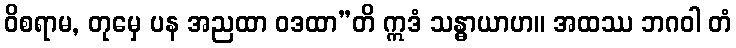
ဝိစရာမ, တုမှေ ပန အညထာ ဝဒထာ”တိ ဣဒံ သန္ဓာယာဟ။ အထဿ ဘဂဝါ တံ